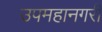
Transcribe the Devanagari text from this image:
उपमहानगरी